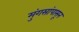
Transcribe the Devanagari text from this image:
मुंगसांपासून